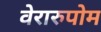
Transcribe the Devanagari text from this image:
वेरारुपोम